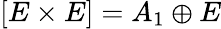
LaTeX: [E\times E]=A_{1}\oplus E